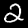
Digit: 2